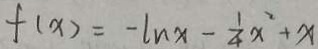
f ( x ) = - \ln x - \frac { 1 } { 4 } x ^ { 2 } + x